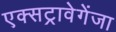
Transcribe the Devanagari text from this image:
एक्सट्रावेगेंजा